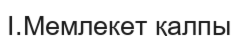
I.Мемлекет қалпы